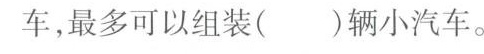
车，最多可以组装()辆小汽车。 三轮车小汽车。